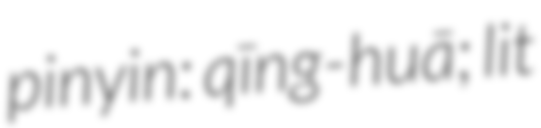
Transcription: pinyin: qīng-huā; lit